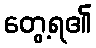
တွေ့ရ၏